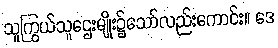
သူကြွယ်သူဌေးမျိုး၌သော်လည်းကောင်း။ ဒေ